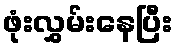
ဖုံးလွှမ်းနေပြီး